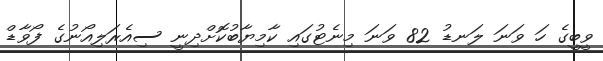
ވީބީގެ ހަ ވަނަ ލަނޑު 82 ވަނަ މިނެޓުގައި ކާމިޔާބުކޮށްދިނީ ސިއެރަލިއޯނުގެ ފޯވާޑް